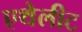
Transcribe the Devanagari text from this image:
एथेलीट